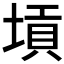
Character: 𡎴